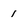
Character: 1